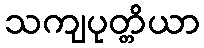
သကျပုတ္တိယာ